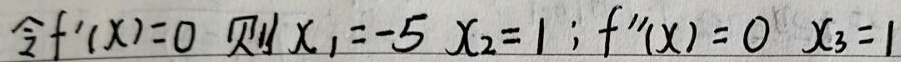
令\(f'(x)=0\) 则 \(x_{1}=-5\) \(x_{2}=1\) ; \(f''(x)=0\) \(x_{3}=1\)